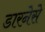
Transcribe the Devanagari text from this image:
डारनेसे